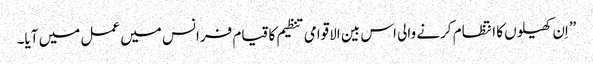
” اِن کھیلوں کا انتظام کرنے والی اس بین الاقوامی تنظیم کا قیام فرانس میں عمل میں آیا۔